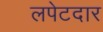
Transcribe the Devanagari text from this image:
लपेटदार